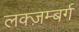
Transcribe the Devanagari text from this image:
लक्ज़म्बर्ग